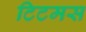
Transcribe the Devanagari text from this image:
टिटमस